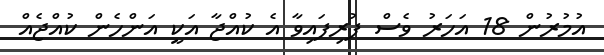
އުމުރުން 18 އަހަރު ވެސް ފުރިފައިވާ އެ ކުއްޖާ އަކީ އަންހެން ކުއްޖެއް